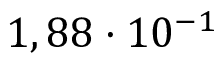
1 , 8 8 \cdot 1 0 ^ { - 1 }